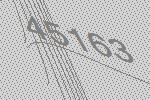
45163